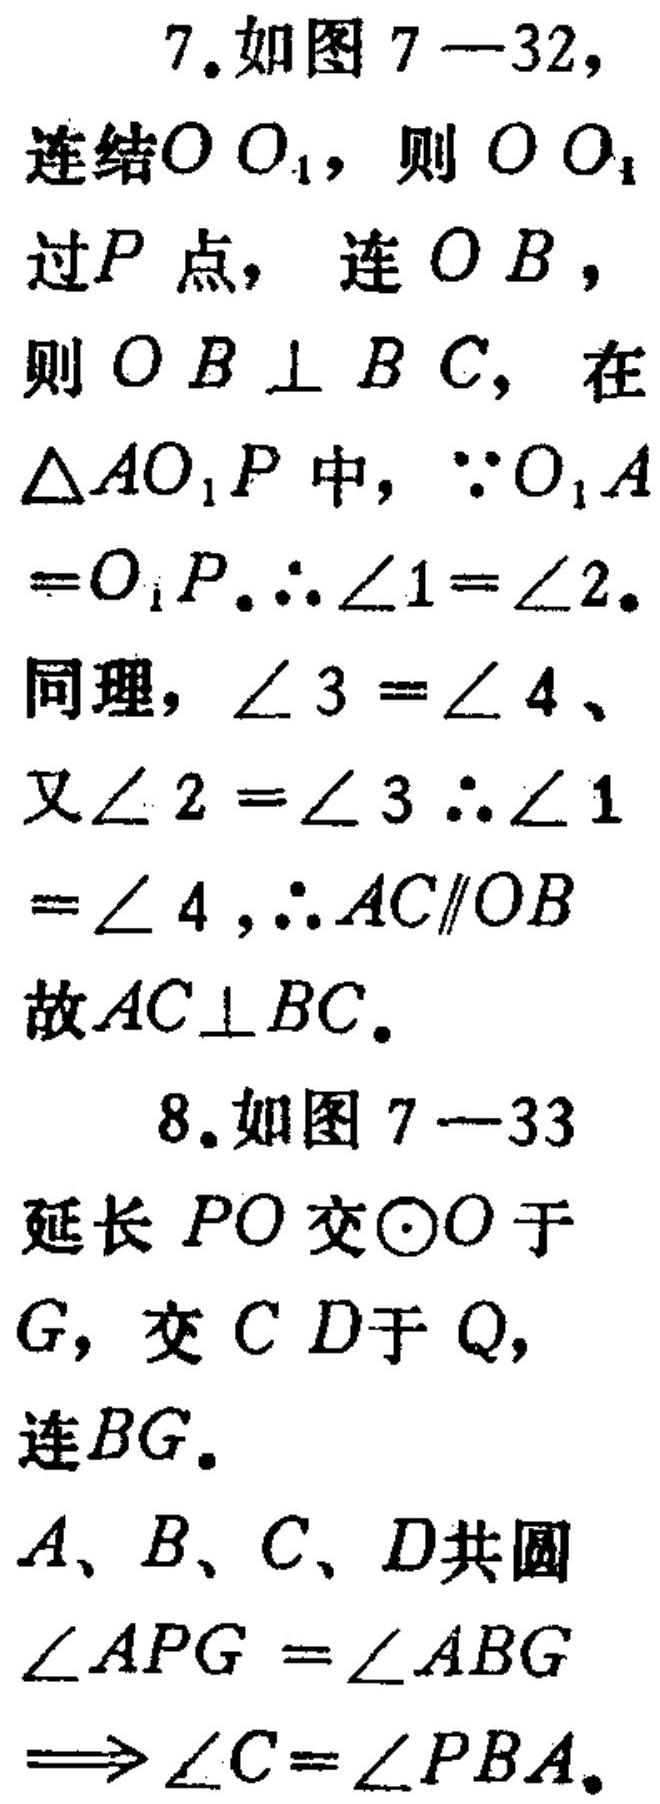
7. 如图 7—32，
连结\(OO_{1}\)，则\(OO_{1}\)过\(P\)点，连\(OB\)，则\(OB\perp BC\)，在\(\triangle AO_{1}P\)中，\(\because O_{1}A = O_{1}P\)，\(\therefore\angle1=\angle2\)。
同理，\(\angle3 = \angle4\)。
又\(\angle2=\angle3\)，\(\therefore\angle1=\angle4\)，\(\therefore AC\parallel OB\)
故\(AC\perp BC\)。

8. 如图 7—33
延长\(PO\)交\(\odot O\)于\(G\)，交\(CD\)于\(Q\)，连\(BG\)。
\(A、B、C、D\)共圆
\(\angle APG=\angle ABG\)
\(\Longrightarrow\angle C = \angle PBA\)。